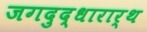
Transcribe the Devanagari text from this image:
जगदुद्धारार्थ